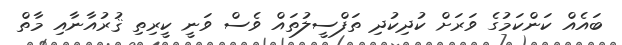
ބައެއް ކަންކަމުގެ ވަރަށް ކުދިކުދި ތަފްސީލުތައް ވެސް ވަނީ ކީރިތި ޤުރުއާނާއި މާތް